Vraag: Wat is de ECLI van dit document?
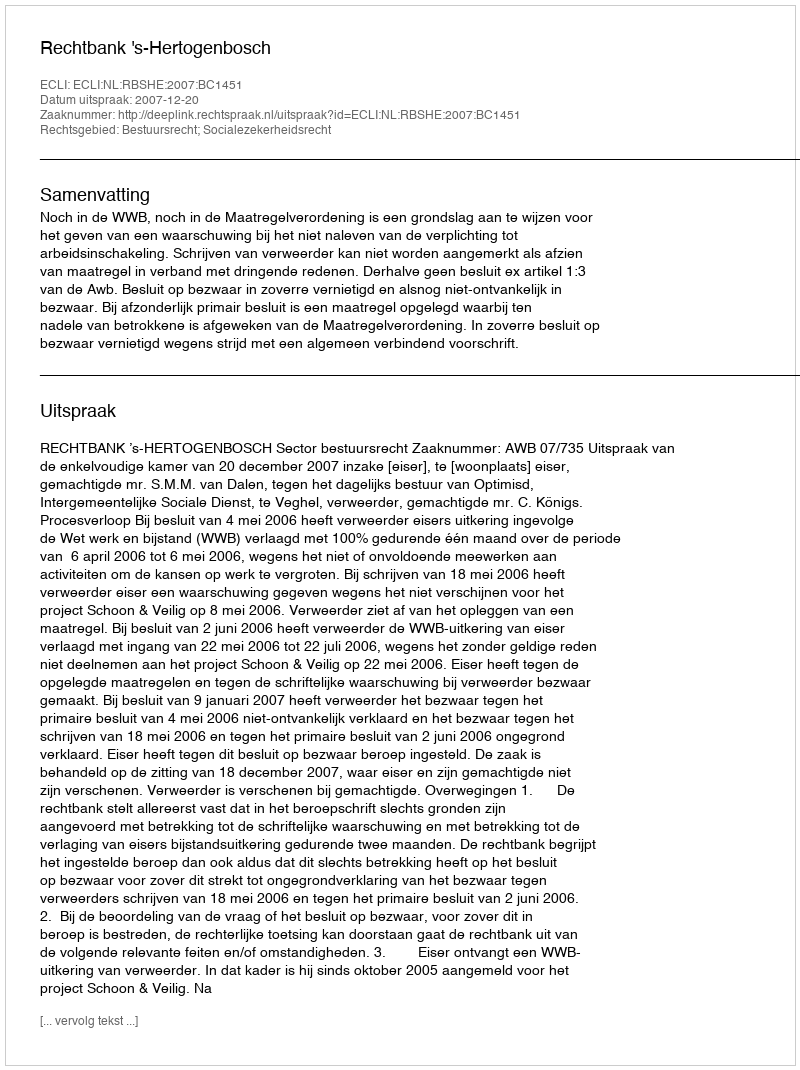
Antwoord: ECLI:NL:RBSHE:2007:BC1451